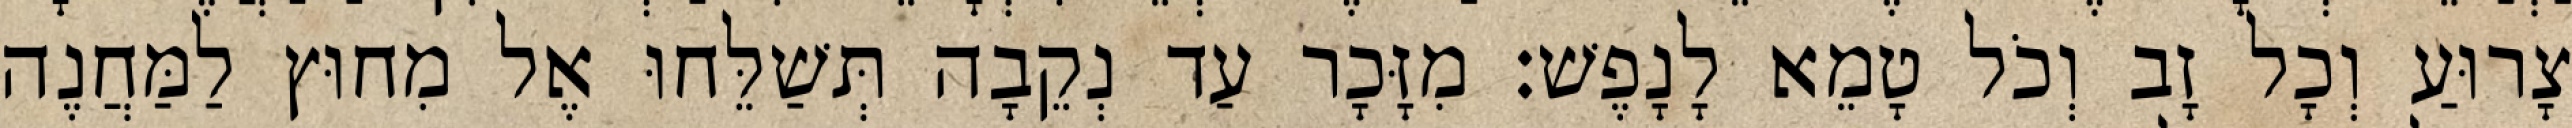
צָרוּעַ וְכָל זָב וְכֹל טָמֵא לָנָפֶשׁ׃ מִזָּכָר עַד נְקֵבָה תְּשַׁלֵּחוּ אֶל מִחוּץ לַמַּחֲנֶה